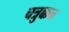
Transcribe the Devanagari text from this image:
चत्रुक्कन